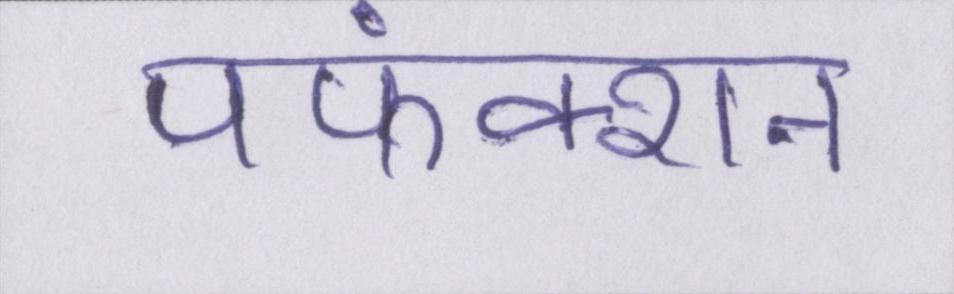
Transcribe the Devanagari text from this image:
पफंक्शन